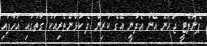
ޕެނަލްޓީ ޖަހަން އޭނާ އެދުނީ އޭގެ ކުރިން ދެ ކުޅުންތެރިއަކު ގާތުގައި އަހާފައި